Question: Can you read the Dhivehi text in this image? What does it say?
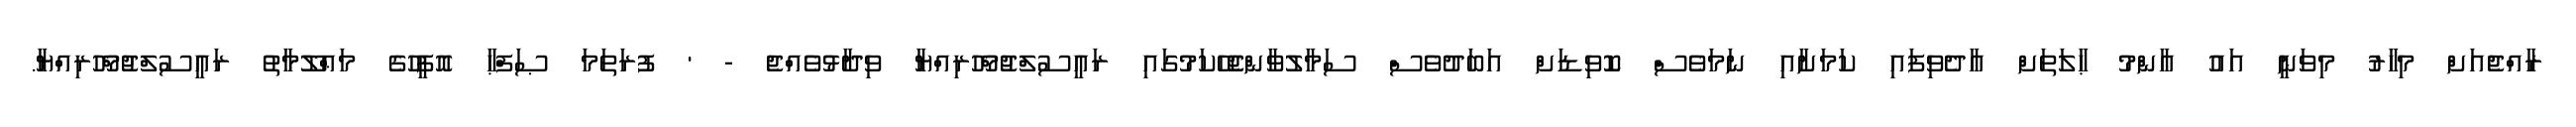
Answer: ރާއްޖެއަށް މިހާރު މިވަނީ އައު ޢާންމު ޙާލަތަށް އާދެވިފައި ކަމަށާއި ނަމަވެސް ކޮވިޑަށް އަބަދުވެސް ސަމާލުވާންޖެހޭކަމުގައި ރައީސުލްޖުމްހޫރިއްޔާ ވިދާޅުވެއްޖެ - ' ފުރަތަމަ ޞަފްޙާ އޮފީހުގެ މަޢްލޫމާތު ރައީސުލްޖުމްހޫރިއްޔާ.